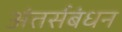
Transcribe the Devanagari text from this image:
अंतर्सबंधन